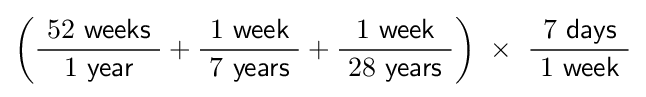
\left({\frac {\ 52\ {\mathsf {weeks}}\ }{\ 1\ {\mathsf {year}}\ }}+{\frac {\ 1\ {\mathsf {week}}\ }{\ 7\ {\mathsf {years}}\ }}+{\frac {\ 1\ {\mathsf {week}}\ }{\ 28\ {\mathsf {years}}\ }}\right)\ \times \ {\frac {\ 7\ {\mathsf {days}}\ }{\ 1\ {\mathsf {week}}\ }}